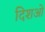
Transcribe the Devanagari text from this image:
दिशओ